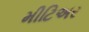
મીટિઅર